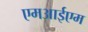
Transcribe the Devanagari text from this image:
एमआईएम